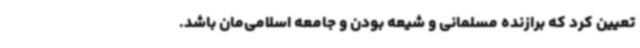
تعیین کرد که برازنده مسلمانی و شیعه‌ بودن و جامعه اسلامی‌مان باشد.